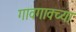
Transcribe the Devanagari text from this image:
गावगावच्या